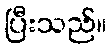
ပြီးသည်။